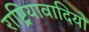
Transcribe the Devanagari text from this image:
राष्ट्रियावादियो